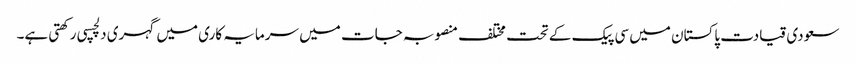
سعودی قیادت پاکستان میں سی پیک کے تحت مختلف منصوبہ جات میں سرمایہ کاری میں گہری دلچسپی رکھتی ہے۔